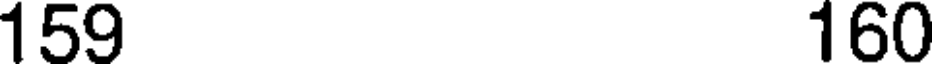
159 160